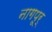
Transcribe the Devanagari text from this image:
नागपूर्